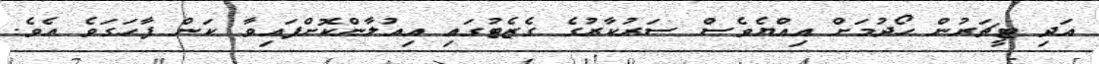
އަދި ޓީޗަރުން ހޯދުމަށް އިއްޔެވެސް ސަރުކާރުގެ ގެޒެޓުގައި އިއުލާންކޮށްފައިވާ ކަން ފާހަގަވެ އެވެ.